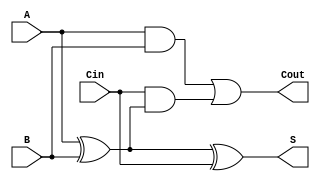
module LowPowerFullAdder (
    input wire A,      // First input bit
    input wire B,      // Second input bit
    input wire Cin,    // Carry input bit
    output wire S,     // Sum output
    output wire Cout   // Carry output
);

// Internal signals for intermediate calculations
wire AxorB;         // Intermediate wire for A XOR B
wire AandB;         // Intermediate wire for A AND B
wire CinAndAxorB;   // Intermediate wire for Cin AND (A XOR B)

// Logic for Sum (S) and Carry-out (Cout)
assign AxorB = A ^ B;                 // A XOR B
assign S = AxorB ^ Cin;                // Sum: S = (A XOR B) XOR Cin
assign AandB = A & B;                  // A AND B
assign CinAndAxorB = Cin & AxorB;      // Cin AND (A XOR B)
assign Cout = AandB | CinAndAxorB;     // Carry-out: Cout = (A AND B) OR (Cin AND (A XOR B))

endmodule